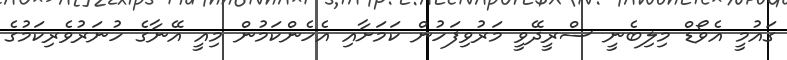
ގައުމީ އެވޯޑް މިލިބެނީ ސްރީދޭވީ މަރުވިފަހުން ކަމަށާއި އެހެންކަމުން މިއީ އޭނާގެ ހުނަރުވެރިކަމުގެ